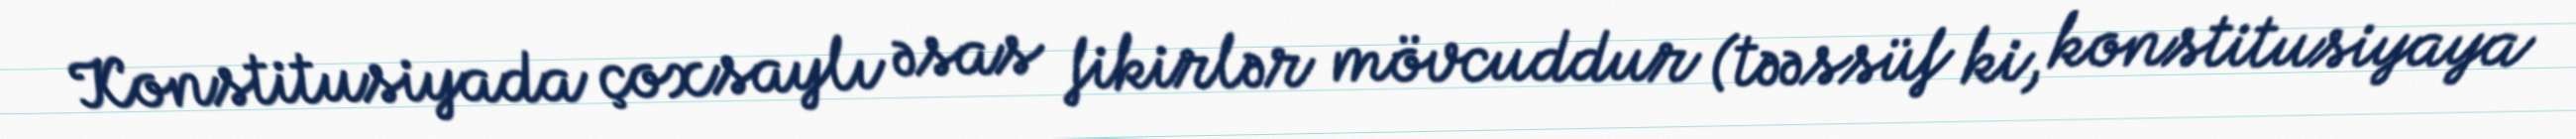
Konstitusiyada çoxsaylı əsas fikirlər mövcuddur (təəssüf ki, konstitusiyaya